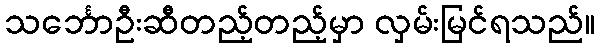
သင်္ဘောဦးဆီတည့်တည့်မှာ လှမ်းမြင်ရသည်။